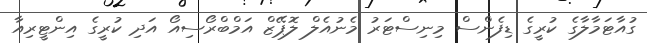
ގުއާޓަމާލާގެ ކުރީގެ ޑިފެންސް މިނިސްޓަރު މެނުއެލް ލޮޕޭޒް އަމްބްރޯސިއޯ އަދި ކުރީގެ އިންޓީރިއާ